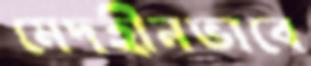
মেদহীনভাবে